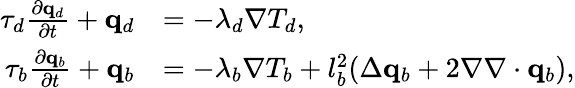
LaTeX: \begin{array}{rl}{\tau_{d}\frac{\partial\mathbf q_{d}}{\partial t}+\mathbf q_{d}}&{=-\lambda_{d}\nabla T_{d},}\\ {\tau_{b}\frac{\partial\mathbf q_{b}}{\partial t}+\mathbf q_{b}}&{=-\lambda_{b}\nabla T_{b}+l_{b}^{2}(\Delta\mathbf q_{b}+2\nabla\nabla\cdot\mathbf q_{b}),}\end{array}